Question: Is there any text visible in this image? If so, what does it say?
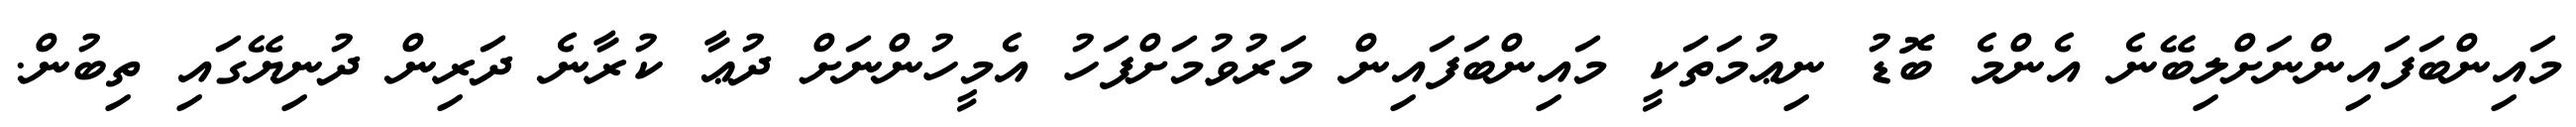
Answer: މައިންބަފައިންނަށްލިބޭނެ އެންމެ ބޮޑު ނިޢުމަތަކީ މައިންބަފައިން މަރުވުމަށްފަހު އެމީހުންނަށް ދުޢާ ކުރާނެ ދަރިން ދުނިޔޭގައި ތިބުން.